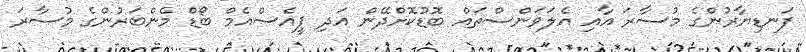
ފަނޑިޔާރުންގެ މުސާރަ އާއި އެލަވަންސްތައް ބޮޑުކޮށްދޭން އަދި ޕީއެސްއެމް ބޯޑް މެންބަރުންގެ މުސާރަ